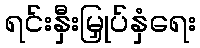
ရင်းနှီးမြှုပ်နှံရေး